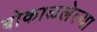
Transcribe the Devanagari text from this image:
बोकाळलेल्या